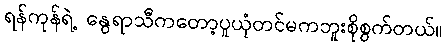
ရန်ကုန်ရဲ့ နွေရာသီကတော့ပူယုံတင်မကဘူးစိုစွက်တယ်။